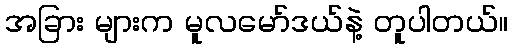
အခြား များက မူလမော်ဒယ်နဲ့ တူပါတယ်။